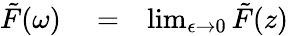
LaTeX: \begin{array}{rlr}{\tilde{F}(\omega)}&{{}=}&{\operatorname*{lim}_{\epsilon\to 0}\tilde{F}(z)}\end{array}